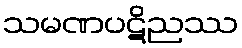
သမဏပဋိညဿ